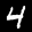
Label: 4